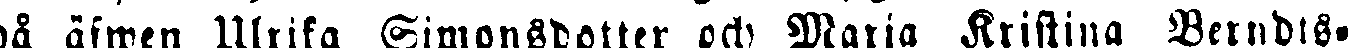
på äfwen Ulrika Simonsdotter och Maria Kristina Berndts-